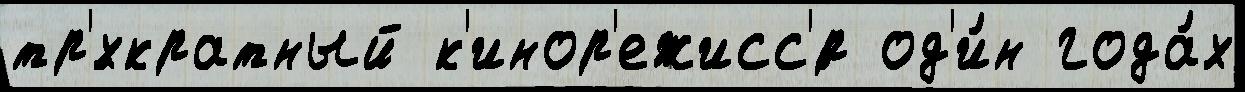
тр'́хкратный к'инор'ежисс'́р од'и́н года́х